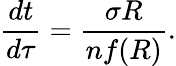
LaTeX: \frac{dt}{d\tau}=\frac{\sigma R}{nf(R)}.